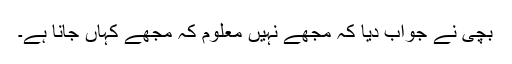
بچی نے جواب دیا کہ مجھے نہیں معلوم کہ مجھے کہاں جانا ہے۔